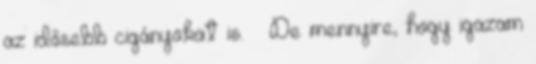
az idősebb cigányokat is. – De mennyire, hogy igazam